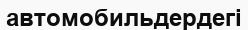
автомобильдердегі